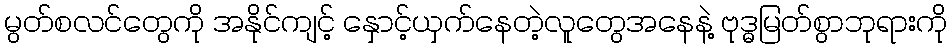
မွတ်စလင်တွေကို အနိုင်ကျင့် နှောင့်ယှက်နေတဲ့လူတွေအနေနဲ့ ဗုဒ္ဓမြတ်စွာဘုရားကို